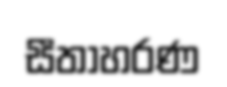
සීතාහරණ